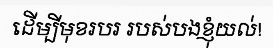
ដើម្បីមុខរបរ របស់បងខ្ញុំយល់!